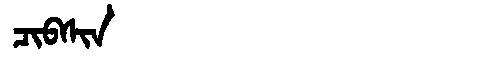
Manchu: ᠴᡳᠪᠰᡳᠨ
Romanization: CIBSIN